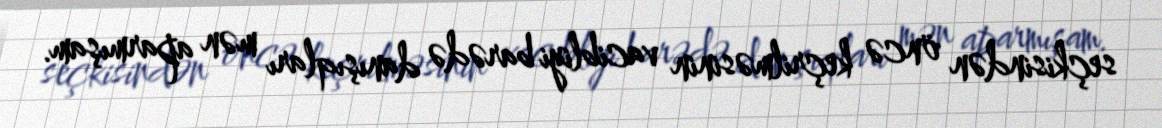
seçkisindən öncə keçrilməsinin vacibliyi barədə danışıqları mən aparmışam.